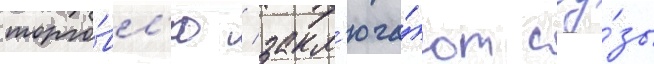
торго́вл'ю / закл'юча́ют соу́зы